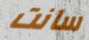
سانت